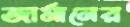
জার্মানের